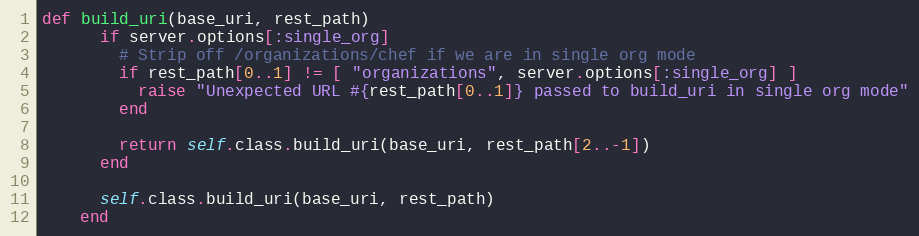
Language: Ruby
def build_uri(base_uri, rest_path)
      if server.options[:single_org]
        # Strip off /organizations/chef if we are in single org mode
        if rest_path[0..1] != [ "organizations", server.options[:single_org] ]
          raise "Unexpected URL #{rest_path[0..1]} passed to build_uri in single org mode"
        end

        return self.class.build_uri(base_uri, rest_path[2..-1])
      end

      self.class.build_uri(base_uri, rest_path)
    end